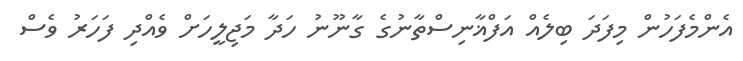
އެންމެފަހުން މިފަދަ ބިލެއް އަފްޣާނިސްތާނުގެ ގާނޫނު ހަދާ މަޖިލީހަށް ވެއްދި ފަހަރު ވެސް